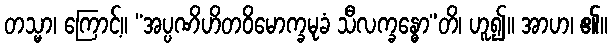
တသ္မာ၊ ကြောင့်။ “အပ္ပဏိဟိတဝိမောက္ခမုခံ သီလက္ခန္ဓော”တိ၊ ဟူ၍။ အာဟ၊ ၏။